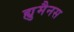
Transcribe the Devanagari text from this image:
ह्युमैनस